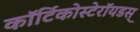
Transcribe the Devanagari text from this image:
कॉर्टिकोस्टेरॉयडस्